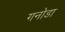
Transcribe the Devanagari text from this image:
गनोडा